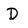
Character: D